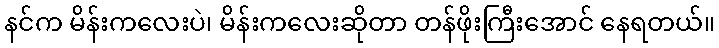
နင်က မိန်းကလေးပဲ၊ မိန်းကလေးဆိုတာ တန်ဖိုးကြီးအောင် နေရတယ်။